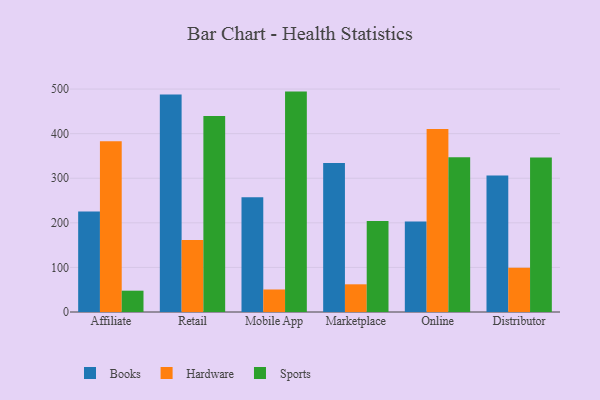
{"axis": {"x": "Channel", "y": "Waste Production (Tons)"}, "legend": ["Books", "Hardware", "Sports"], "data": [{"x": "Affiliate", "y": 225.5, "type": "Books"}, {"x": "Affiliate", "y": 382.7, "type": "Hardware"}, {"x": "Affiliate", "y": 47.8, "type": "Sports"}, {"x": "Retail", "y": 487.8, "type": "Books"}, {"x": "Retail", "y": 161.6, "type": "Hardware"}, {"x": "Retail", "y": 439.4, "type": "Sports"}, {"x": "Mobile App", "y": 257.5, "type": "Books"}, {"x": "Mobile App", "y": 50.5, "type": "Hardware"}, {"x": "Mobile App", "y": 494.3, "type": "Sports"}, {"x": "Marketplace", "y": 334.4, "type": "Books"}, {"x": "Marketplace", "y": 62.1, "type": "Hardware"}, {"x": "Marketplace", "y": 204.2, "type": "Sports"}, {"x": "Online", "y": 203.2, "type": "Books"}, {"x": "Online", "y": 410.7, "type": "Hardware"}, {"x": "Online", "y": 347.1, "type": "Sports"}, {"x": "Distributor", "y": 306.0, "type": "Books"}, {"x": "Distributor", "y": 99.3, "type": "Hardware"}, {"x": "Distributor", "y": 346.5, "type": "Sports"}]}